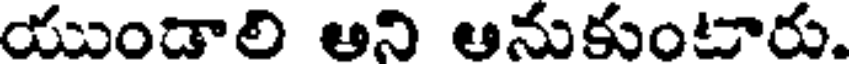
యుండాలి ఆని ఆనుకుంటారు.